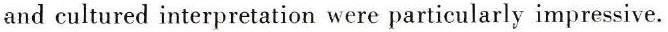
and cultured interpretation were particularly impressive.